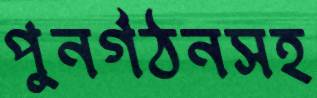
পুনর্গঠনসহ